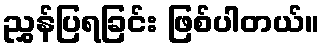
ညွှန်ပြရခြင်း ဖြစ်ပါတယ်။